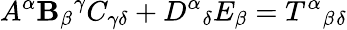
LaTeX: A^{\alpha}\mathbf{B}_{\beta}{}^{\gamma}C_{\gamma\delta}+D^{\alpha}{}_{\delta}E_{\beta}=T^{\alpha}{}_{\beta}{}_{\delta}